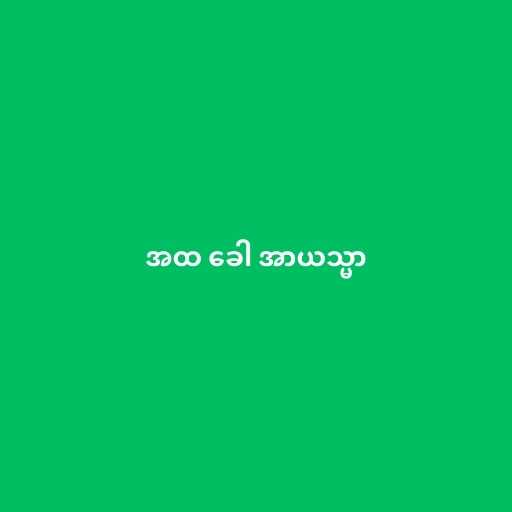
အထ ခေါ အာယသ္မာ